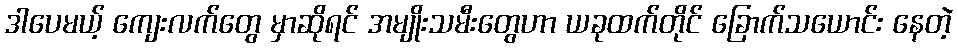
ဒါပေမယ့် ကျေးလက်တွေ မှာဆိုရင် အမျိုးသမီးတွေဟာ ယခုထက်တိုင် ခြောက်သယောင်း နေတဲ့